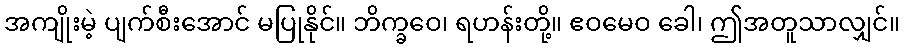
အကျိုးမဲ့ ပျက်စီးအောင် မပြုနိုင်။ ဘိက္ခဝေ၊ ရဟန်းတို့။ ဧဝမေဝ ခေါ၊ ဤအတူသာလျှင်။